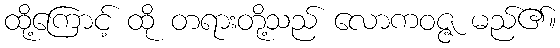
ထို့ကြောင့် ထို တရားတို့သည် လောကဝဇ္ဇ မည်၏။